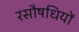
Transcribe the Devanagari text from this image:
रसौषधियों